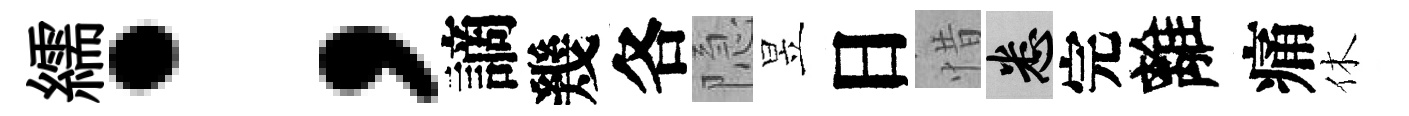
繻；謫幾各隐昱日惜悉完離痛休